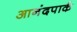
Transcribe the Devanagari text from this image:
आनंदपार्क